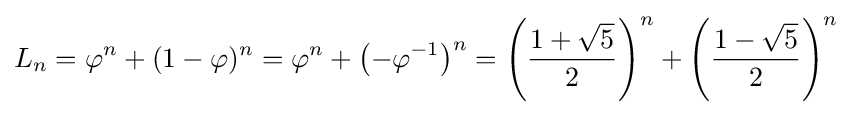
L_{n}=\varphi ^{n}+(1-\varphi )^{n}=\varphi ^{n}+{\bigl (}{-\varphi ^{-1}}{\bigr )}^{n}=\left({1+{\sqrt {5}} \over 2}\right)^{n}+\left({1-{\sqrt {5}} \over 2}\right)^{n}